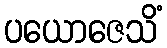
ပယောဇေသိံ